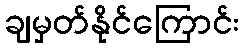
ချမှတ်နိုင်ကြောင်း